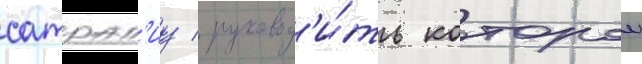
сатрап'иу / руковод'и́ть которои